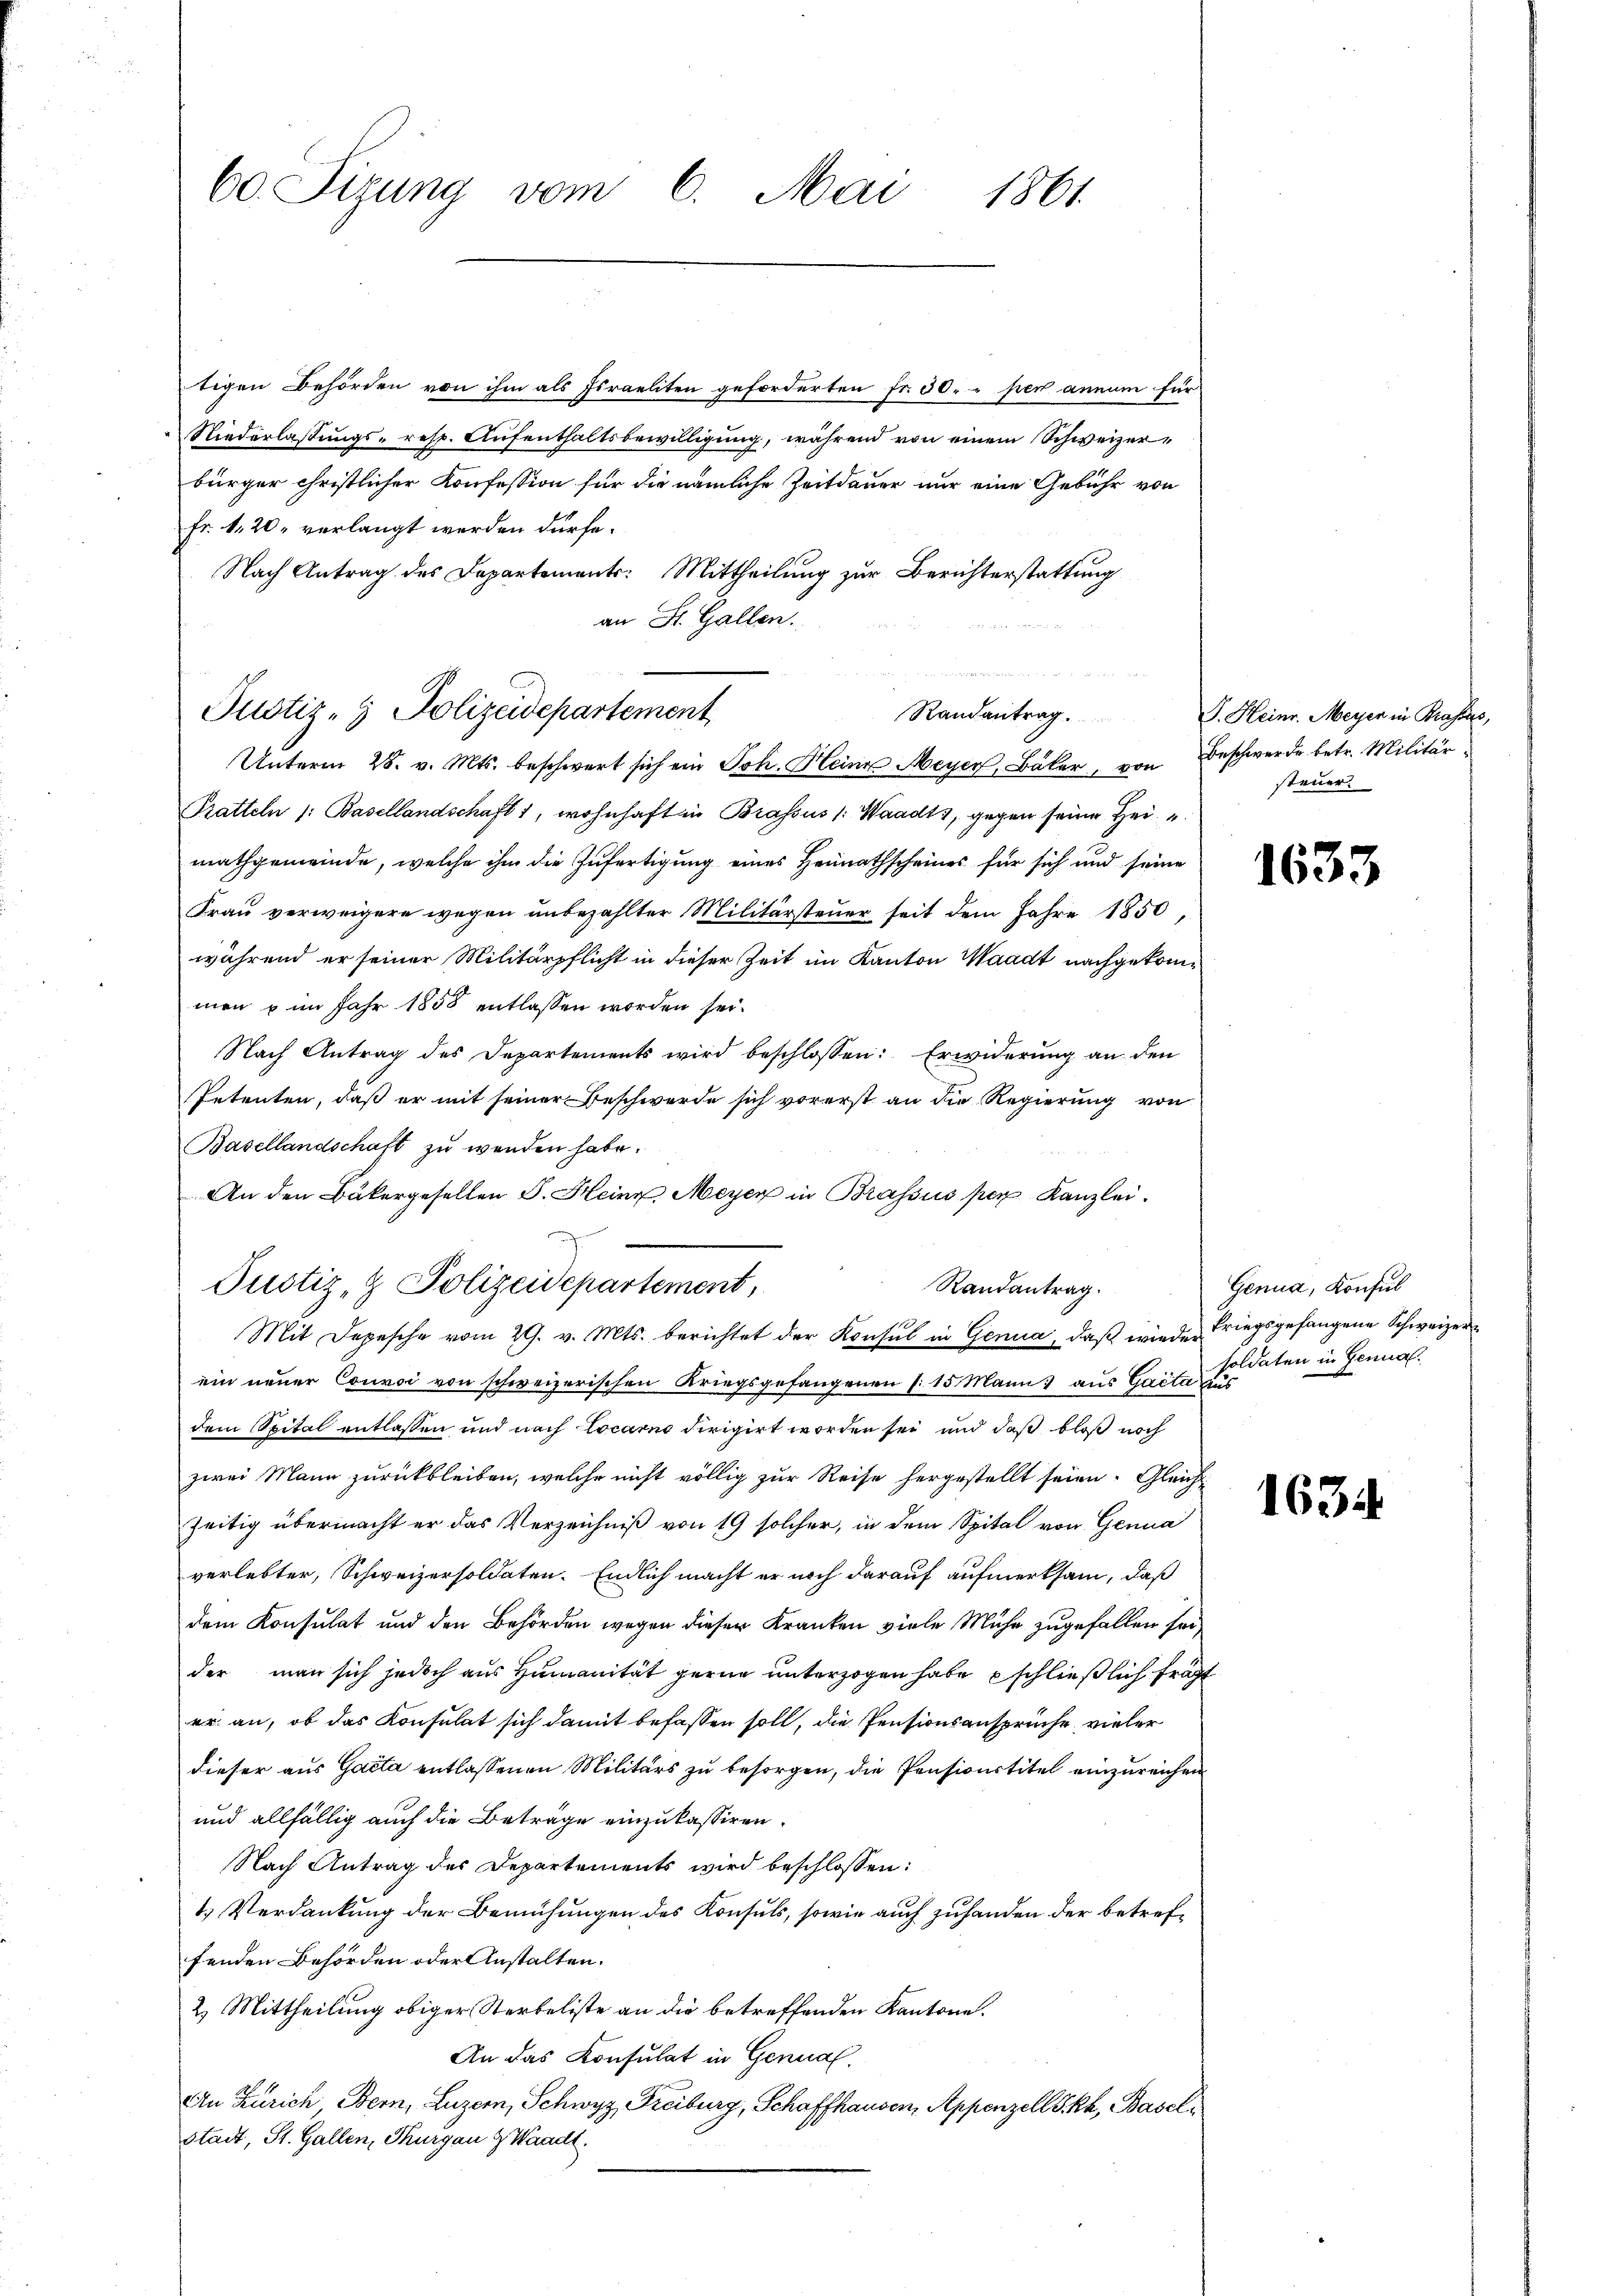
60. Sizung vom 6. Mai 1861

tigen Behörden von ihm als Israeliten geforderten Fr. 30. per annum für
Niederlassungs- resp. Aufenthaltsbewilligung, während von einem Schweizerbürger christlicher Konfession für die nämliche Zeitdauer nur eine Gebühr von
Fr. 1. 20. verlangt werden dürfe.
Nach Antrag des Departements: Mittheilung zur Berichterstattung
an St. Gallen.
Unterm 28. v. Mts. beschwert sich ein Joh. Meine Meyer, Bäker, von Beschwerde betr. Militär
Pratteln /: Basellandschaft 1, wohnhaft in Brassus /: Waadt, gegen seine Hei
mathgemeinde, welche ihm die Zufertigung eines Heimathscheines für sich und seine
Frau verweigere wegen unbezahlter Militärsteuer seit dem Jahre 1850,
während er seiner Militärpflicht in dieser Zeit im Kanton Waadt nachgekommen u im Jahr 1858 entlassen worden sei.
Nach Antrag des Departements wird beschlossen: Erwiderung an den
Ietenten, daß er mit seiner Beschwerde sich vorerst an die Regierung von
Basellandschaft zu werden habe.
An den Bäkergesellen J. Heine Meyer in Brassus per Kanzlei.
Justiz- & Polizeidepartement,
Randantrag.
Mit Depesche vom 29. v. Mts. berichtet der Konsul in Genua, daβ wieder Kriegsgefangene Schweizer
ein neuer Couvoi von schweizerischen Kriegsgefangenen (: 15 Mann aus Gacta aus
dem Spital entlassen und nach Locarno dirigirt worden sei und daß bloß noch
zwei Mann zurückbleiben, welche nicht völlig zur Reise hergestellt seien. Gleichzeitig übermacht er das Verzeichniß von 19 solcher, in dem Spital von Genua
verlebter, Schweizersoldaten. Endlich macht er noch darauf aufmerksam, daß
dem Konsulat und den Behörden wegen dieser Kranken viele Mühe zugefallen sei,
der man sich jedoch aus Humanität gerne unterzogen habe schließlich fragt
er an, ob das Konsulat sich damit befassen soll, die Pensionsansprüche vieler
dieser aus Gacta entlassenen Militärs zu besorgen, die Pensionstitel einzureichen
und allfällig auch die Beträge einzukassiren.
Nach Antrag des Departements wird beschlossen:
1.) Verdankung der Bemühungen des Konsuls, sowie auch zuhanden der betreffenden Behörden oder Anstalten.
2. Mittheilung obiger Sterbeliste an die betreffenden Kantone.
An das Konsulat in Genual¬
An Zürich Bern, Luzern, Schwyz, Freiburg, Schaffhausen, Appenzell Skh, Baseli
stadt, St. Gallen, Thurgau Z Waadt.

Justiz- & Polizeidepartement
Randantrag.

P. Heinr. Meyer in Brasses,
steuer.

1633

Genua, Konsul
soldaten in Genual.

1634